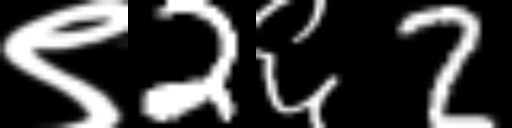
Text: ९2६2